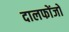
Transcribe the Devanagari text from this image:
दालफोंजो